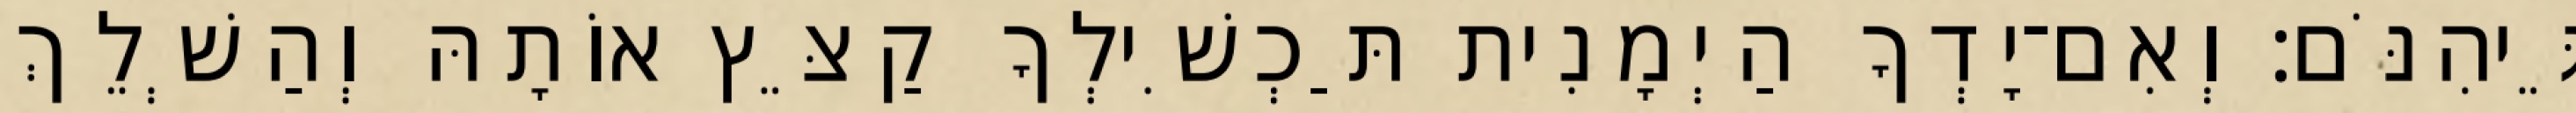
גֵּיהִנֹּם׃ וְאִם־יָדְךָ הַיְמָנִית תַּכְשִׁילְךָ קַצֵּץ אוֹתָהּ וְהַשְׁלֵךְ